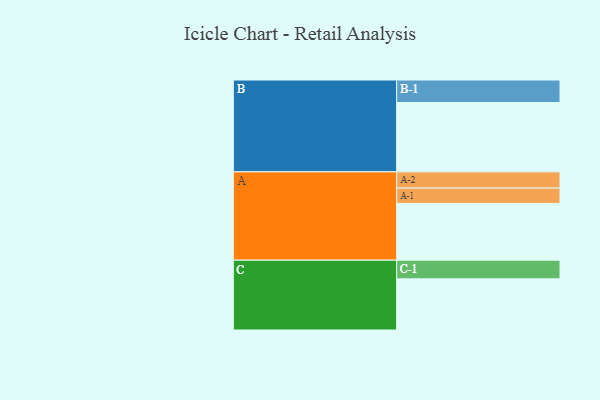
{"axis": {"x": "Segment", "y": "Value"}, "legend": ["", "A", "B", "C"], "data": [{"x": "A", "y": 371, "type": ""}, {"x": "B", "y": 453, "type": ""}, {"x": "C", "y": 334, "type": ""}, {"x": "A-1", "y": 100, "type": "A"}, {"x": "A-2", "y": 106, "type": "A"}, {"x": "B-1", "y": 147, "type": "B"}, {"x": "C-1", "y": 122, "type": "C"}]}